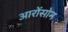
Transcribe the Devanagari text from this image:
आरोंसोन